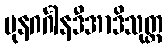
ပုနဂင်္ဂါနဒီအာဒိသုတ္တ